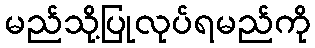
မည်သို့ပြုလုပ်ရမည်ကို